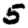
Digit: 5